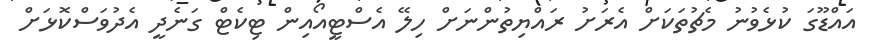
އައްޑޫގަ ކުޅެވުނު މެޗުތަކަށް އެރަށު ރައްޔިތުންނަށް ހިލޭ އެސްޓީއޯއިން ޓިކެޓް ގަނެދީ އެދުވަސްކޮޅަށް